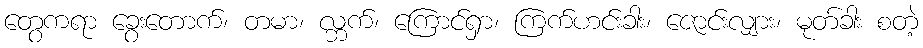
တွေကရာ ခွေးတောက်၊ တမာ၊ လ္ဘက်၊ ကြောင်ရှာ၊ ကြက်ဟင်းခါး၊ ဇောင်းလျှား၊ မုတ်ခါး စတဲ့